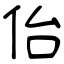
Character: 佁